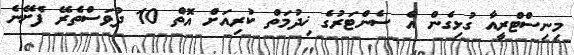
މިނިސްޓްރީއާ ގުޅިގެން އެ ސެންޓަރުގެ ޚިދުމަތް ކުރިއަށް އޮތް 10 ދުވަސްތެރޭ ފެށޭނެ